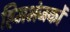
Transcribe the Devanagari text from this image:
हिमभंजकों